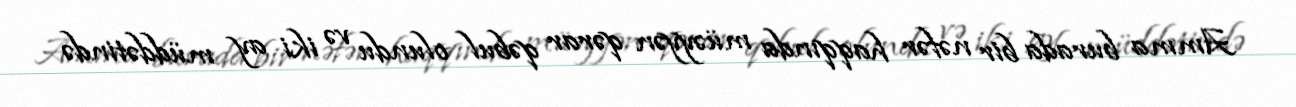
Amma burada bir nəfər haqqında müəyyən qərar qəbul olundu və iki ay müddətində